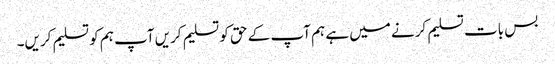
بس بات تسلیم کرنے میں ہے ہم آپ کے حق کو تسلیم کریں آپ ہم کو تسلیم کریں۔